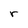
Character: r